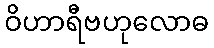
ဝိဟာရီဗဟုလောဓ